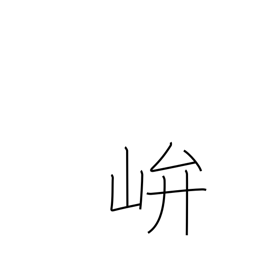
Meaning: shrine in the mountains